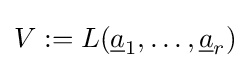
V:=L({\underline {a}}_{1},\ldots ,{\underline {a}}_{r})